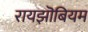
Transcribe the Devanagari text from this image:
रायझॊबियम